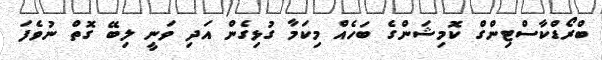
ބްރޯޑްކާސްޓިންގް ކޮމިޝަންގެ ބަހެއް މިކަމާ ގުޅިގެން އަދި ވަނީ ލިބޭ ގޮތް ނުވެފަ